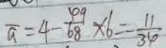
\overline { a } = 4 - \frac { 4 9 } { 6 8 } \times 6 = - \frac { 1 1 } { 3 4 }